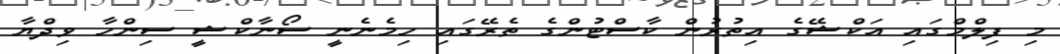
މި ފިލްމްގައި އަކްޝޭގެ އިތުރުން ކާސްޓުންގެ ތެރޭގައި ހިމެނެނީ ސޯނާކްޝީ ސިންހާ ވިދްޔާ